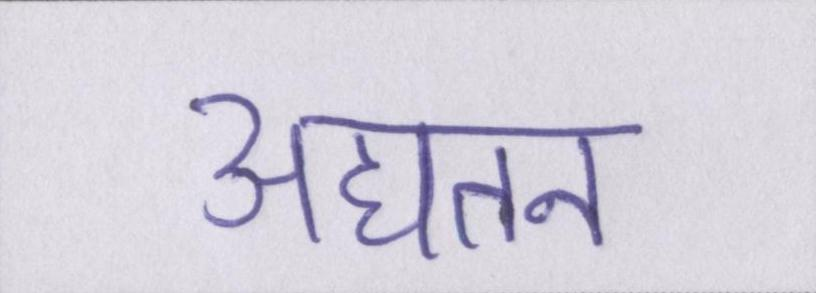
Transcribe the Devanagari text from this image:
अद्यतन